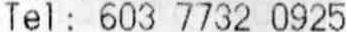
TEL: 603 7732 0925